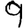
Digit: 9